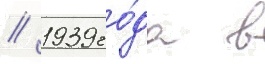
// 1939 го́да в